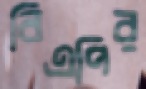
বিএপির